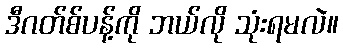
ဒီဂတ်စ်ပန့်ကို ဘယ်လို သုံးရမလဲ။